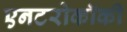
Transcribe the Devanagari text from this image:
एनटरोकॉकी